Reports on dispensaries and lunatic asylums in the Province of Oudh - 1869-1876
Year: 1869
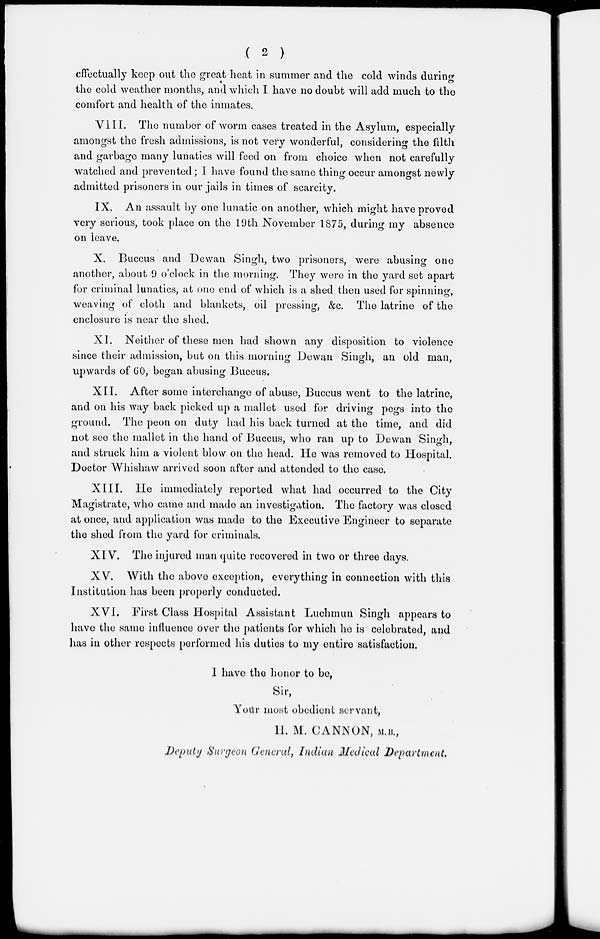
( 2 )
effectually keep out the great heat in summer and the cold winds during
the cold weather months, and which I have no doubt will add much to the
comfort and health of the inmates.
VIII. The number of worm cases treated in the Asylum, especially
amongst the fresh admissions, is not very wonderful, considering the filth
and garbage many lunatics will feed on from choice when not carefully
watched and prevented; I have found the same thing occur amongst newly
admitted prisoners in our jails in times of scarcity.
IX. An assault by one lunatic on another, which might have proved
very serious, took place on the 19th November 1875, during my absence
on leave.
X. Buccus and Dewan Singh, two prisoners, were abusing one
another, about 9 o'clock in the morning. They were in the yard set apart
for criminal lunatics, at one end of which is a shed then used for spinning,
weaving of cloth and blankets, oil pressing, &c. The latrine of the
enclosure is near the shed.
XI. Neither of these men had shown any disposition to violence
since their admission, but on this morning Dewan Singh, an old man,
upwards of 60, began abusing Buccus.
XII. After some interchange of abuse, Buccus went to the latrine,
and on his way back picked up a mallet used for driving pegs into the
ground. The peon on duty had his back turned at the time, and did
not see the mallet in the hand of Buccus, who ran up to Dewan Singh,
and struck him a violent blow on the head. He was removed to Hospital.
Doctor Whishaw arrived soon after and attended to the case.
XIII. He immediately reported what had occurred to the City
Magistrate, who came and made an investigation. The factory was closed
at once, and application was made to the Executive Engineer to separate
the shed from the yard for criminals.
XIV. The injured man quite recovered in two or three days.
XV. With the above exception, everything in connection with this
Institution has been properly conducted.
XVI. First Class Hospital Assistant Luchmun Singh appears to
have the same influence over the patients for which he is celebrated, and
has in other respects performed his duties to my entire satisfaction.
I have the honor to be,
Sir,
Your most obedient servant,
H. M. CANNON, M.B.,
Deputy Surgeon General Indian Medical Department.